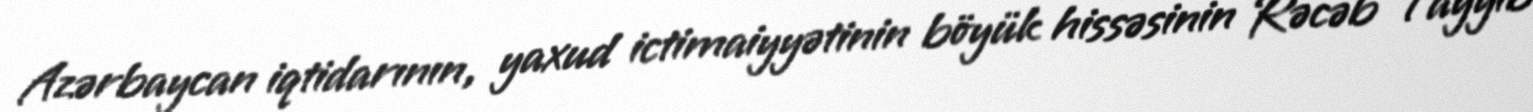
Azərbaycan iqtidarının, yaxud ictimaiyyətinin böyük hissəsinin Rəcəb Tayyib